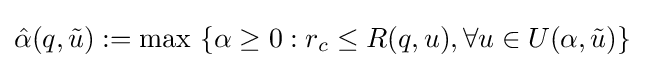
{\hat {\alpha }}(q,{\tilde {u}}):=\max \ \{\alpha \geq 0:r_{c}\leq R(q,u),\forall u\in U(\alpha ,{\tilde {u}})\}